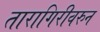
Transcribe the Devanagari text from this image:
तारागिरीवरुन